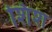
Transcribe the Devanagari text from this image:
शिश